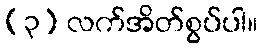
(၃) လက်အိတ်စွပ်ပါ။